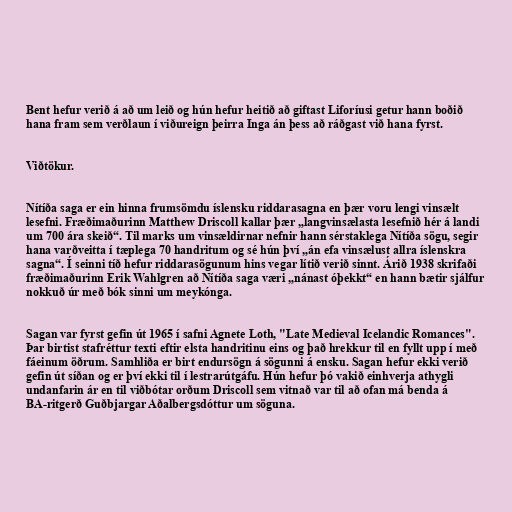
Bent hefur verið á að um leið og hún hefur heitið að giftast Liforíusi getur hann boðið
hana fram sem verðlaun í viðureign þeirra Inga án þess að ráðgast við hana fyrst.

Viðtökur.

Nítíða saga er ein hinna frumsömdu íslensku riddarasagna en þær voru lengi vinsælt
lesefni. Fræðimaðurinn Matthew Driscoll kallar þær „langvinsælasta lesefnið hér á landi
um 700 ára skeið“. Til marks um vinsældirnar nefnir hann sérstaklega Nítíða sögu, segir
hana varðveitta í tæplega 70 handritum og sé hún því „án efa vinsælust allra íslenskra
sagna“. Í seinni tíð hefur riddarasögunum hins vegar lítið verið sinnt. Árið 1938 skrifaði
fræðimaðurinn Erik Wahlgren að Nítíða saga væri „nánast óþekkt“ en hann bætir sjálfur
nokkuð úr með bók sinni um meykónga.

Sagan var fyrst gefin út 1965 í safni Agnete Loth, "Late Medieval Icelandic Romances".
Þar birtist stafréttur texti eftir elsta handritinu eins og það hrekkur til en fyllt upp í með
fáeinum öðrum. Samhliða er birt endursögn á sögunni á ensku. Sagan hefur ekki verið
gefin út síðan og er því ekki til í lestrarútgáfu. Hún hefur þó vakið einhverja athygli
undanfarin ár en til viðbótar orðum Driscoll sem vitnað var til að ofan má benda á
BA-ritgerð Guðbjargar Aðalbergsdóttur um söguna.